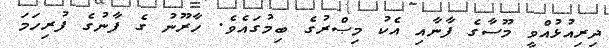
ދިރިއުޅުއްވީ މޫސާގެ ފާނާއި އެކު މިޞްރުގެ ބިމުގައެވެ. ހާރޫނު ގެ ފާނުގެ ފުރިހަމަ